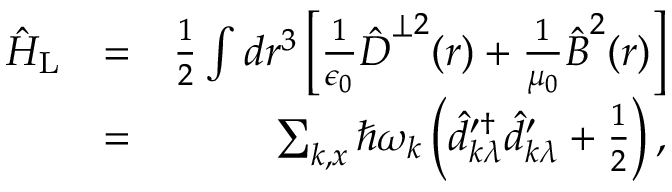
\begin{array} { r l r } { \hat { H } _ { \mathrm { L } } } & { = } & { \frac { 1 } { 2 } \int d \boldsymbol r ^ { 3 } \left[ \frac { 1 } { \epsilon _ { 0 } } \hat { \boldsymbol D } ^ { \perp 2 } ( \boldsymbol r ) + \frac { 1 } { \mu _ { 0 } } \hat { \boldsymbol B } ^ { 2 } ( \boldsymbol r ) \right] } \\ & { = } & { \sum _ { \boldsymbol k , x } \hbar \omega _ { \boldsymbol k } \left( \hat { d } _ { \boldsymbol k \lambda } ^ { \prime \dagger } \hat { d } _ { \boldsymbol k \lambda } ^ { \prime } + \frac 1 2 \right) , } \end{array}